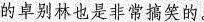
的卓别林也是非常搞笑的。